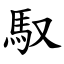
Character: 馭